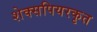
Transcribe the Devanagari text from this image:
शेक्सपियरकृत